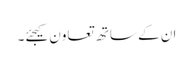
ان کے ساتھ تعاون کیجئے۔